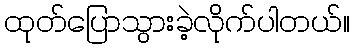
ထုတ်ပြောသွားခဲ့လိုက်ပါတယ်။